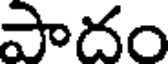
పాదం